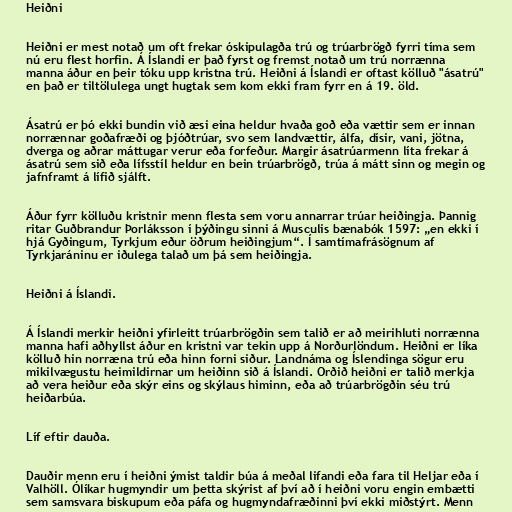
Heiðni

Heiðni er mest notað um oft frekar óskipulagða trú og trúarbrögð fyrri tíma sem
nú eru flest horfin. Á Íslandi er það fyrst og fremst notað um trú norrænna
manna áður en þeir tóku upp kristna trú. Heiðni á Íslandi er oftast kölluð "ásatrú"
en það er tiltölulega ungt hugtak sem kom ekki fram fyrr en á 19. öld.

Ásatrú er þó ekki bundin við æsi eina heldur hvaða goð eða vættir sem er innan
norrænnar goðafræði og þjóðtrúar, svo sem landvættir, álfa, dísir, vani, jötna,
dverga og aðrar máttugar verur eða forfeður. Margir ásatrúarmenn líta frekar á
ásatrú sem sið eða lífsstíl heldur en bein trúarbrögð, trúa á mátt sinn og megin og
jafnframt á lífið sjálft.

Áður fyrr kölluðu kristnir menn flesta sem voru annarrar trúar heiðingja. Þannig
ritar Guðbrandur Þorláksson í þýðingu sinni á Musculis bænabók 1597: „en ekki í
hjá Gyðingum, Tyrkjum eður öðrum heiðingjum“. Í samtímafrásögnum af
Tyrkjaráninu er iðulega talað um þá sem heiðingja.

Heiðni á Íslandi.

Á Íslandi merkir heiðni yfirleitt trúarbrögðin sem talið er að meirihluti norrænna
manna hafi aðhyllst áður en kristni var tekin upp á Norðurlöndum. Heiðni er líka
kölluð hin norræna trú eða hinn forni siður. Landnáma og Íslendinga sögur eru
mikilvægustu heimildirnar um heiðinn sið á Íslandi. Orðið heiðni er talið merkja
að vera heiður eða skýr eins og skýlaus himinn, eða að trúarbrögðin séu trú
heiðarbúa.

Líf eftir dauða.

Dauðir menn eru í heiðni ýmist taldir búa á meðal lifandi eða fara til Heljar eða í
Valhöll. Ólíkar hugmyndir um þetta skýrist af því að í heiðni voru engin embætti
sem samsvara biskupum eða páfa og hugmyndafræðinni því ekki miðstýrt. Menn